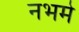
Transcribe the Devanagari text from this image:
नभमे